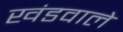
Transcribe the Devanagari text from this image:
खंडवाले